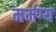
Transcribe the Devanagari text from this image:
मर्मग्य